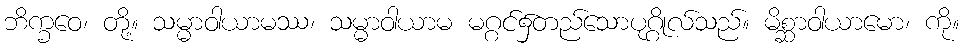
ဘိက္ခဝေ၊ တို့။ သမ္မာဝါယာမဿ၊ သမ္မာဝါယာမ မဂ္ဂင်၌တည်သောပုဂ္ဂိုလ်သည်။ မိစ္ဆာဝါယာမော၊ ကို။